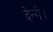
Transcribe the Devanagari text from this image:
देन्गे।